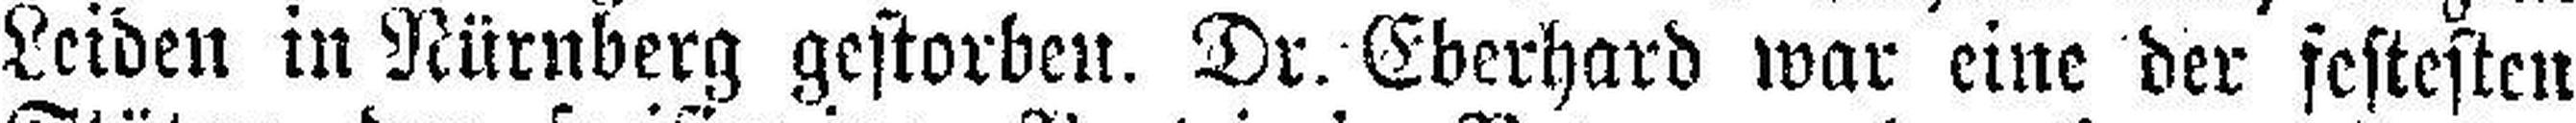
Leiden in Nürnberg gestorben. Dr. Eberhard war eine der festesten